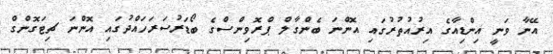
އޭނާ ވަނީ އިންޑިއާގެ އިރުއުތުރުގައި އޮންނަ ބެންގާލް ޕްރޮވިންސްގެ ބޯޑަރުސަރަހައްދުގައި އޮންނަ ޗިޓަގޮންގް